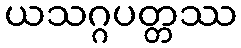
ယသဂ္ဂပတ္တဿ